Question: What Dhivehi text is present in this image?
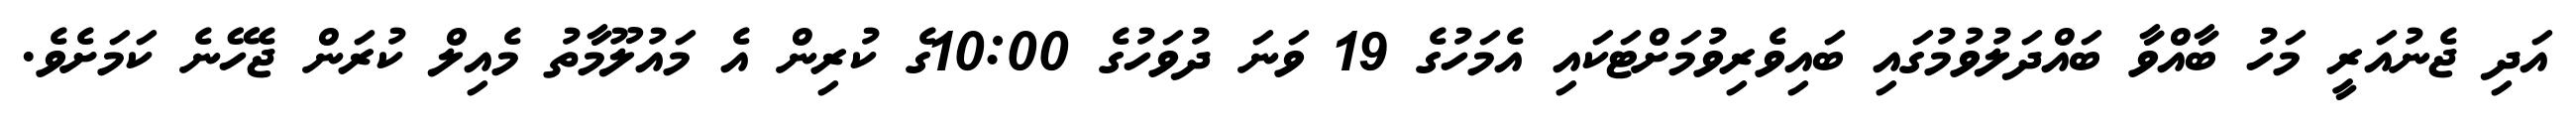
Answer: އަދި ޖެނުއަރީ މަހު ބާއްވާ ބައްދަލުވުމުގައި ބައިވެރިވުމަށްޓަކައި އެމަހުގެ 19 ވަނަ ދުވަހުގެ 10:00ގެ ކުރިން އެ މައުލޫމާތު މެއިލް ކުރަން ޖެހޭނެ ކަމަށެވެ.